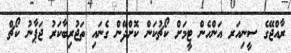
ރާއްޖޭގެ ސީނިއަރ އަންހެން ޓީމަށް ކޯޗުކަން ކޮށްދޭން ގެނައި ތަޖުރިބާކަރު ޖަޕާނު ކޯޗް